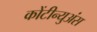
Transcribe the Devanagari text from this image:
कोंटीन्युअंस